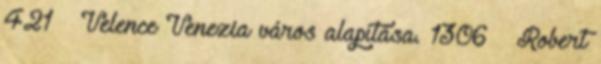
421 – Velence Venezia város alapítása. 1306 – Robert